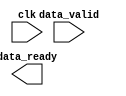
module timing_control_and_sync (
    input wire clk,
    input wire data_valid,
    output wire data_ready,
    // Add more signals as needed for synchronization between master and slave devices
);

// Add code for managing timing requirements and synchronization here

endmodule